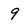
Character: 9